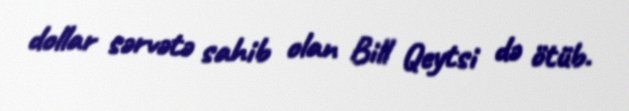
dollar sərvətə sahib olan Bill Qeytsi də ötüb.